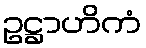
ဥဋ္ဌာဟိကံ